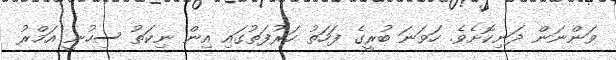
ވަންނަން ދަނިކޮށެވެ. ހަވަނަ ބުރީގެ ފަހަތު ހަރުފަތުގައި އިން ނިކަތު ސިހުނީ އަމްރު